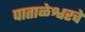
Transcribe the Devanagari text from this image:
पाताळेश्वरचे